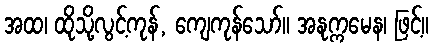
အထ၊ ထိုသို့လွင့်ကုန်, ကျေကုန်သော်။ အနုက္ကမေန၊ ဖြင့်။